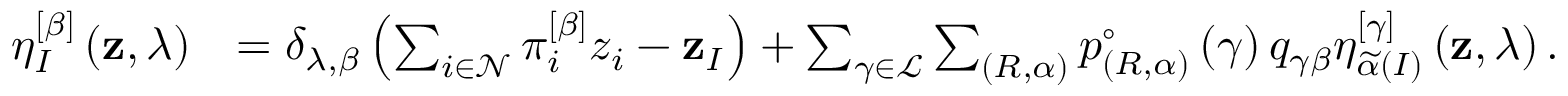
\begin{array} { r l } { \eta _ { I } ^ { \left[ \beta \right] } \left( \mathbf { z } , \lambda \right) } & { = \delta _ { \lambda , \beta } \left( \sum _ { i \in \mathcal { N } } \pi _ { i } ^ { \left[ \beta \right] } z _ { i } - \mathbf { z } _ { I } \right) + \sum _ { \gamma \in \mathcal { L } } \sum _ { \left( R , \alpha \right) } p _ { \left( R , \alpha \right) } ^ { \circ } \left( \gamma \right) q _ { \gamma \beta } \eta _ { \widetilde { \alpha } \left( I \right) } ^ { \left[ \gamma \right] } \left( \mathbf { z } , \lambda \right) . } \end{array}